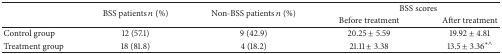
| <ROWSPAN=2>  | <ROWSPAN=2> BSS patients n (%) | <ROWSPAN=2> Non-BSS patients n (%) | <COLSPAN=2> BSS scores |
 | Before treatment | After treatment |
 | --- | --- | --- | --- | --- |
 | Control group | 12 (57.1) | 9 (42.9) | 20.25 ± 5.59 | 19.92 ± 4.81 |
 | Treatment group | 18 (81.8) | 4 (18.2) | 21.11 ± 3.38 | 13.5 ± 3.36∗∧ |